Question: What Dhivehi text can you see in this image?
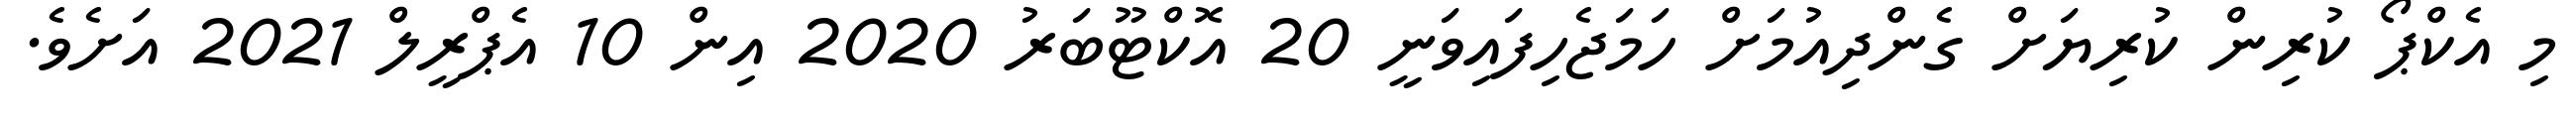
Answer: މި އެކްޕޯ ކުރިން ކުރިޔަށް ގެންދިއުމަށް ހަމަޖެހިފައިވަނީ 20 އޮކްޓޫބަރު 2020 އިން 10 އެޕްރީލް 2021 އަށެވެ.